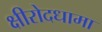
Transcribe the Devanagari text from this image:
क्षीरोदधामा